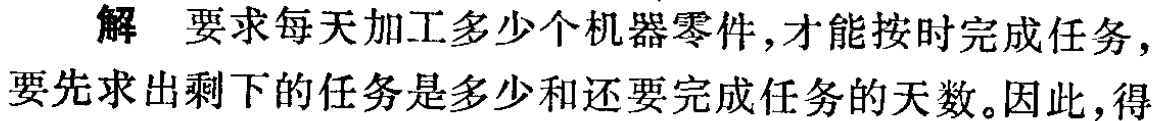
解 要求每天加工多少个机器零件,才能按时完成任务,要先求出剩下的任务是多少和还要完成任务的天数。因此,得